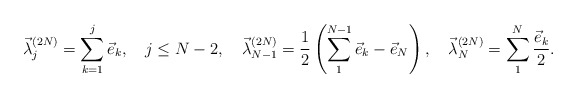
\begin{align*}\vec \lambda^{(2N)}_j= \sum_{k=1}^j \vec e_k,\quad j\leq N-2, \quad\vec \lambda^{(2N)}_{N-1}={1\over 2} \left (\sum_1^{N-1} \vec e_k-\vec e_N\right ),\quad \vec \lambda^{(2N)}_{N}= \sum_1^{N}{\vec e_k\over 2}.\end{align*}